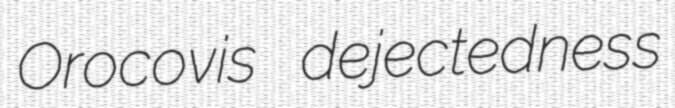
Orocovis dejectedness